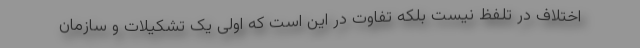
اختلاف در تلفظ نیست بلکه تفاوت در این است که اولی یک تشکیلات و سازمان